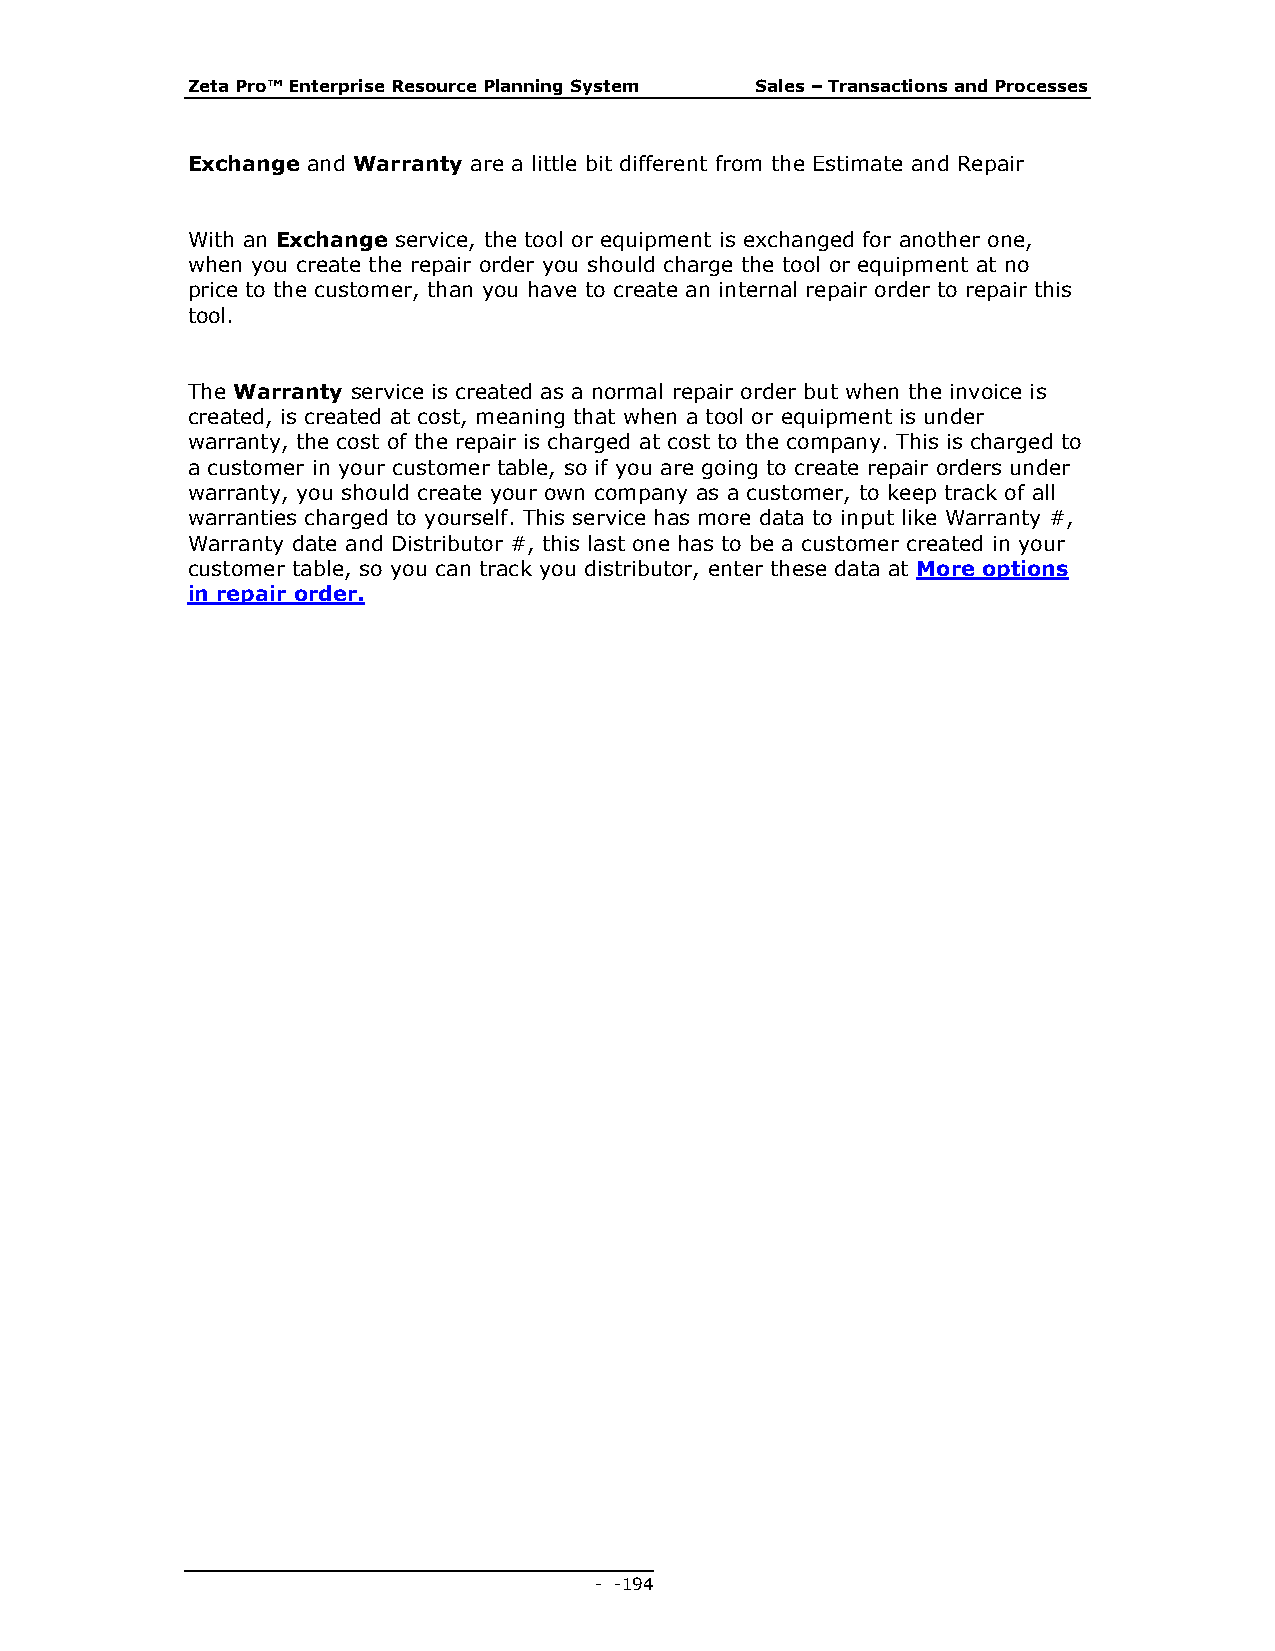
Zeta Pro™ Enterprise Resource Planning System Sales – Transactions and Processes
 Exchange and Warranty are a little bit different from the Estimate and Repair
 With an Exchange service, the tool or equipment is exchanged for another one,
 when you create the repair order you should charge the tool or equipment at no
 price to the customer, than you have to create an internal repair order to repair this
 tool.
 The Warranty service is created as a normal repair order but when the invoice is
 created, is created at cost, meaning that when a tool or equipment is under
 warranty, the cost of the repair is charged at cost to the company. This is charged to
 a customer in your customer table, so if you are going to create repair orders under
 warranty, you should create your own company as a customer, to keep track of all
 warranties charged to yourself. This service has more data to input like Warranty #,
 Warranty date and Distributor #, this last one has to be a customer created in your
 customer table, so you can track you distributor, enter these data at More options
 in repair order.
 - - 194